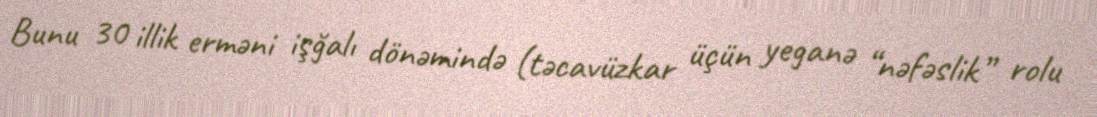
Bunu 30 illik erməni işğalı dönəmində (təcavüzkar üçün yeganə “nəfəslik” rolu